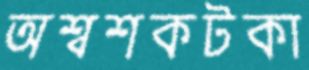
অশ্বশকটকা